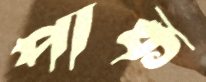
পাক